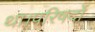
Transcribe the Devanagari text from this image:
था।परिषदों